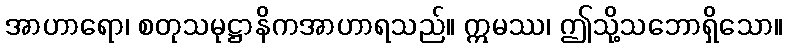
အာဟာရော၊ စတုသမုဋ္ဌာနိကအာဟာရသည်။ ဣမဿ၊ ဤသို့သဘောရှိသော။